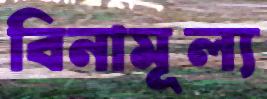
বিনামূল্য